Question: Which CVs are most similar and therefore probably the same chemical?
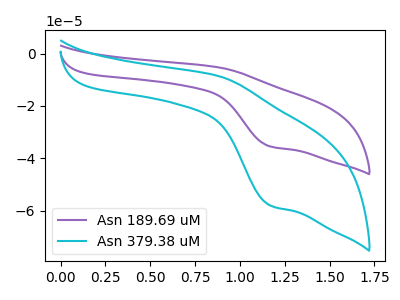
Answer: <think>The purple curve "Asn 189.69 uM" has an anodic peak at (0.90V, -5.20uA) and a cathodic peak at (1.15V, -35.50uA). The cyan curve "Asn 379.38 uM" has an anodic peak at (0.90V, -8.55uA) and a cathodic peak at (1.15V, -58.10uA).
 All the peaks in "Asn 189.69 uM" have a peak in "Asn 379.38 uM" at the same potential.</think>
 <answer>"Asn 379.38 uM" and "Asn 189.69 uM" have the same shape and are likely CV's of the same chemical.</answer>
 <eval>"Asn 379.38 uM" "Asn 189.69 uM"</eval>